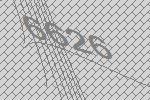
6626